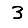
Digit: 3